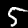
Label: 5